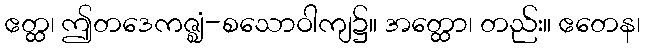
ဧတ္ထ၊ ဤတဒေကဇ္ဈံ-စသောဝါကျ၌။ အတ္ထော၊ တည်း။ ဧတေန၊